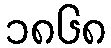
၁၈၆၈